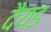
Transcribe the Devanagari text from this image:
दैयड